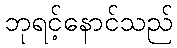
ဘုရင့်နောင်သည်